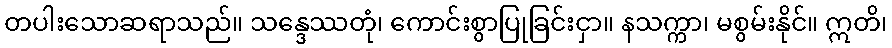
တပါးသောဆရာသည်။ သန္ဒေဿတုံ၊ ကောင်းစွာပြုခြင်းငှာ။ နသက္ကာ၊ မစွမ်းနိုင်။ ဣတိ၊